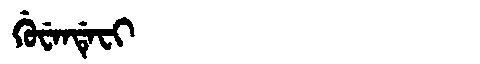
Manchu: ᡤᡠᠸᡝᠨᡩᡝᠸᡳ
Romanization: GUWENDEFI